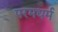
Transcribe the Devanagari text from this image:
परमधर्म